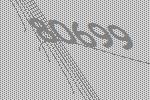
80699